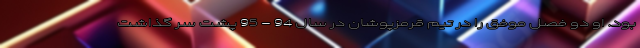
بود. او دو فصل موفق را در تیم قرمزپوشان در سال 94 - 95 پشت سر گذاشت